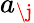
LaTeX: a_{\j}